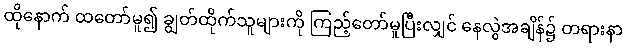
ထိုနောက် ထတော်မူ၍ ချွတ်ထိုက်သူများကို ကြည့်တော်မူပြီးလျှင် နေလွဲအချိန်၌ တရားနာ